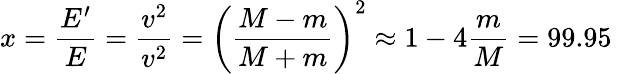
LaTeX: x=\frac{E^{\prime}}{E}=\frac{v^{2}}{v^{2}}=\left(\frac{M-m}{M+m}\right)^{2}\approx 1-4\frac{m}{M}=99.95\